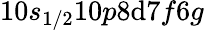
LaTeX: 10s_{1/2}10p8\mathrm{d}7f6g